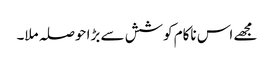
مجھے اس ناکام کوشش سے بڑا حوصلہ ملا۔